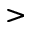
>